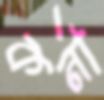
কর্না